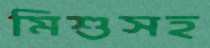
মিশুসহ